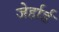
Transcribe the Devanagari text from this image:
जेर्हार्ड